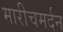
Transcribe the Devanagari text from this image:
मारीचमर्दन